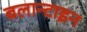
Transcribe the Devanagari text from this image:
बलान्टाइन